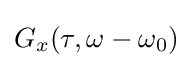
G_{x}(\tau ,\omega -\omega _{0})